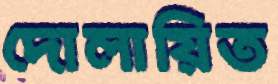
দোলায়িত